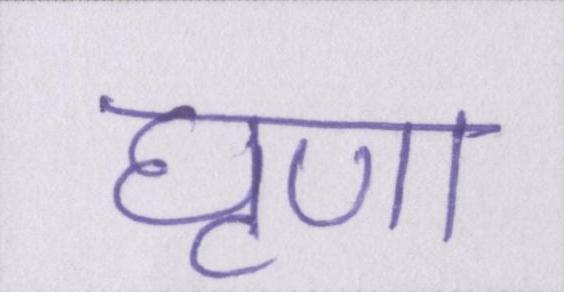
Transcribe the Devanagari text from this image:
घृणा